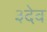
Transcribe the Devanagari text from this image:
३देव